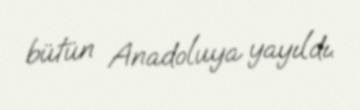
bütün Anadoluya yayıldı.